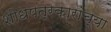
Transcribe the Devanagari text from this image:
शोधपत्रकारांच्या